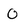
Character: 0